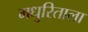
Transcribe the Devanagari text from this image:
मधुरिताला